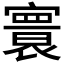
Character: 𡫖